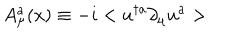
A _ { \mu } ^ { a } ( x ) \equiv - i < u ^ { \dagger a } \partial _ { \mu } u ^ { a } >